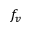
f _ { v }